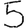
Digit: 5